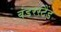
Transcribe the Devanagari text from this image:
वंडरस्टैंड